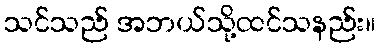
သင်သည် အဘယ်သို့ထင်သနည်း။